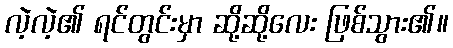
လဲ့လဲ့၏ ရင်တွင်းမှာ ဆို့ဆို့လေး ဖြစ်သွား၏။